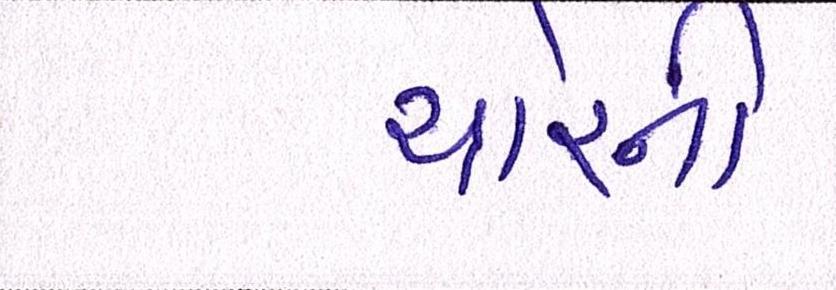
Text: ચોરની